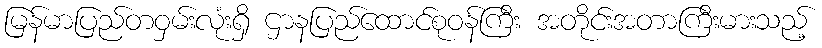
မြန်မာပြည်တဝှမ်းလုံးရှိ ဌာနပြည်ထောင်စုဝန်ကြီး အတိုင်းအတာကြီးမားသည့်